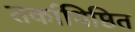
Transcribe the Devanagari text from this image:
तर्काधिष्ठित